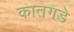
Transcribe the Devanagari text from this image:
कातगडे